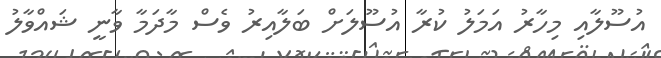
އުސޫލާއި މިހާރު އަމަލު ކުރާ އުސޫލަށް ބަލާއިރު ވެސް މާދަމާ ވާނީ ޝައްވާލު